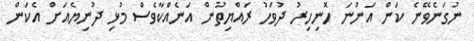
ނުގަނެވޭނެ ކަން އަންނަ ހޮނިހިރު ދުވަހު ރައްޔިތުން އަނެއްކާވެސް މުޅި ދުނިޔެއަށް އެކަން